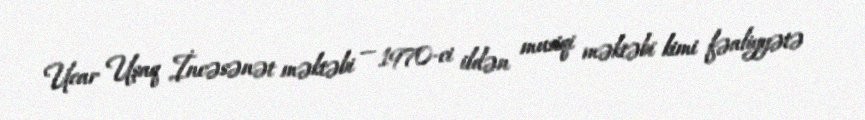
Ucar Uşaq İncəsənət məktəbi — 1970-ci ildən musiqi məktəbi kimi fəaliyyətə